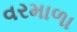
વરમાળા